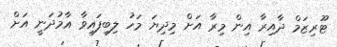
ޓޫރިޒަމް ދާއިރާ އިން މިރާ އަށް މިދިޔަ މަހު ލިބިފައިވާ އާމުދަނީ އަށް